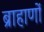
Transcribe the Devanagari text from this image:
ब्राहाणों